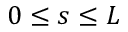
0 \leq s \leq L